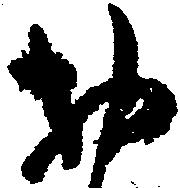
お